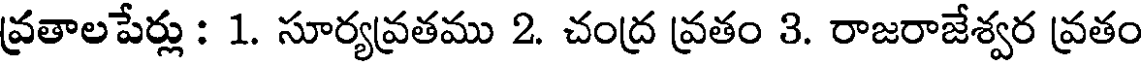
వ్రతాలపేర్లు : 1. సూర్యవ్రతము 2. చంద్ర వ్రతం 3. రాజరాజేశ్వర వ్రతం